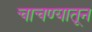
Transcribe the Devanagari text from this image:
चाचण्यातून